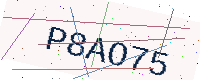
Text: P8AO75